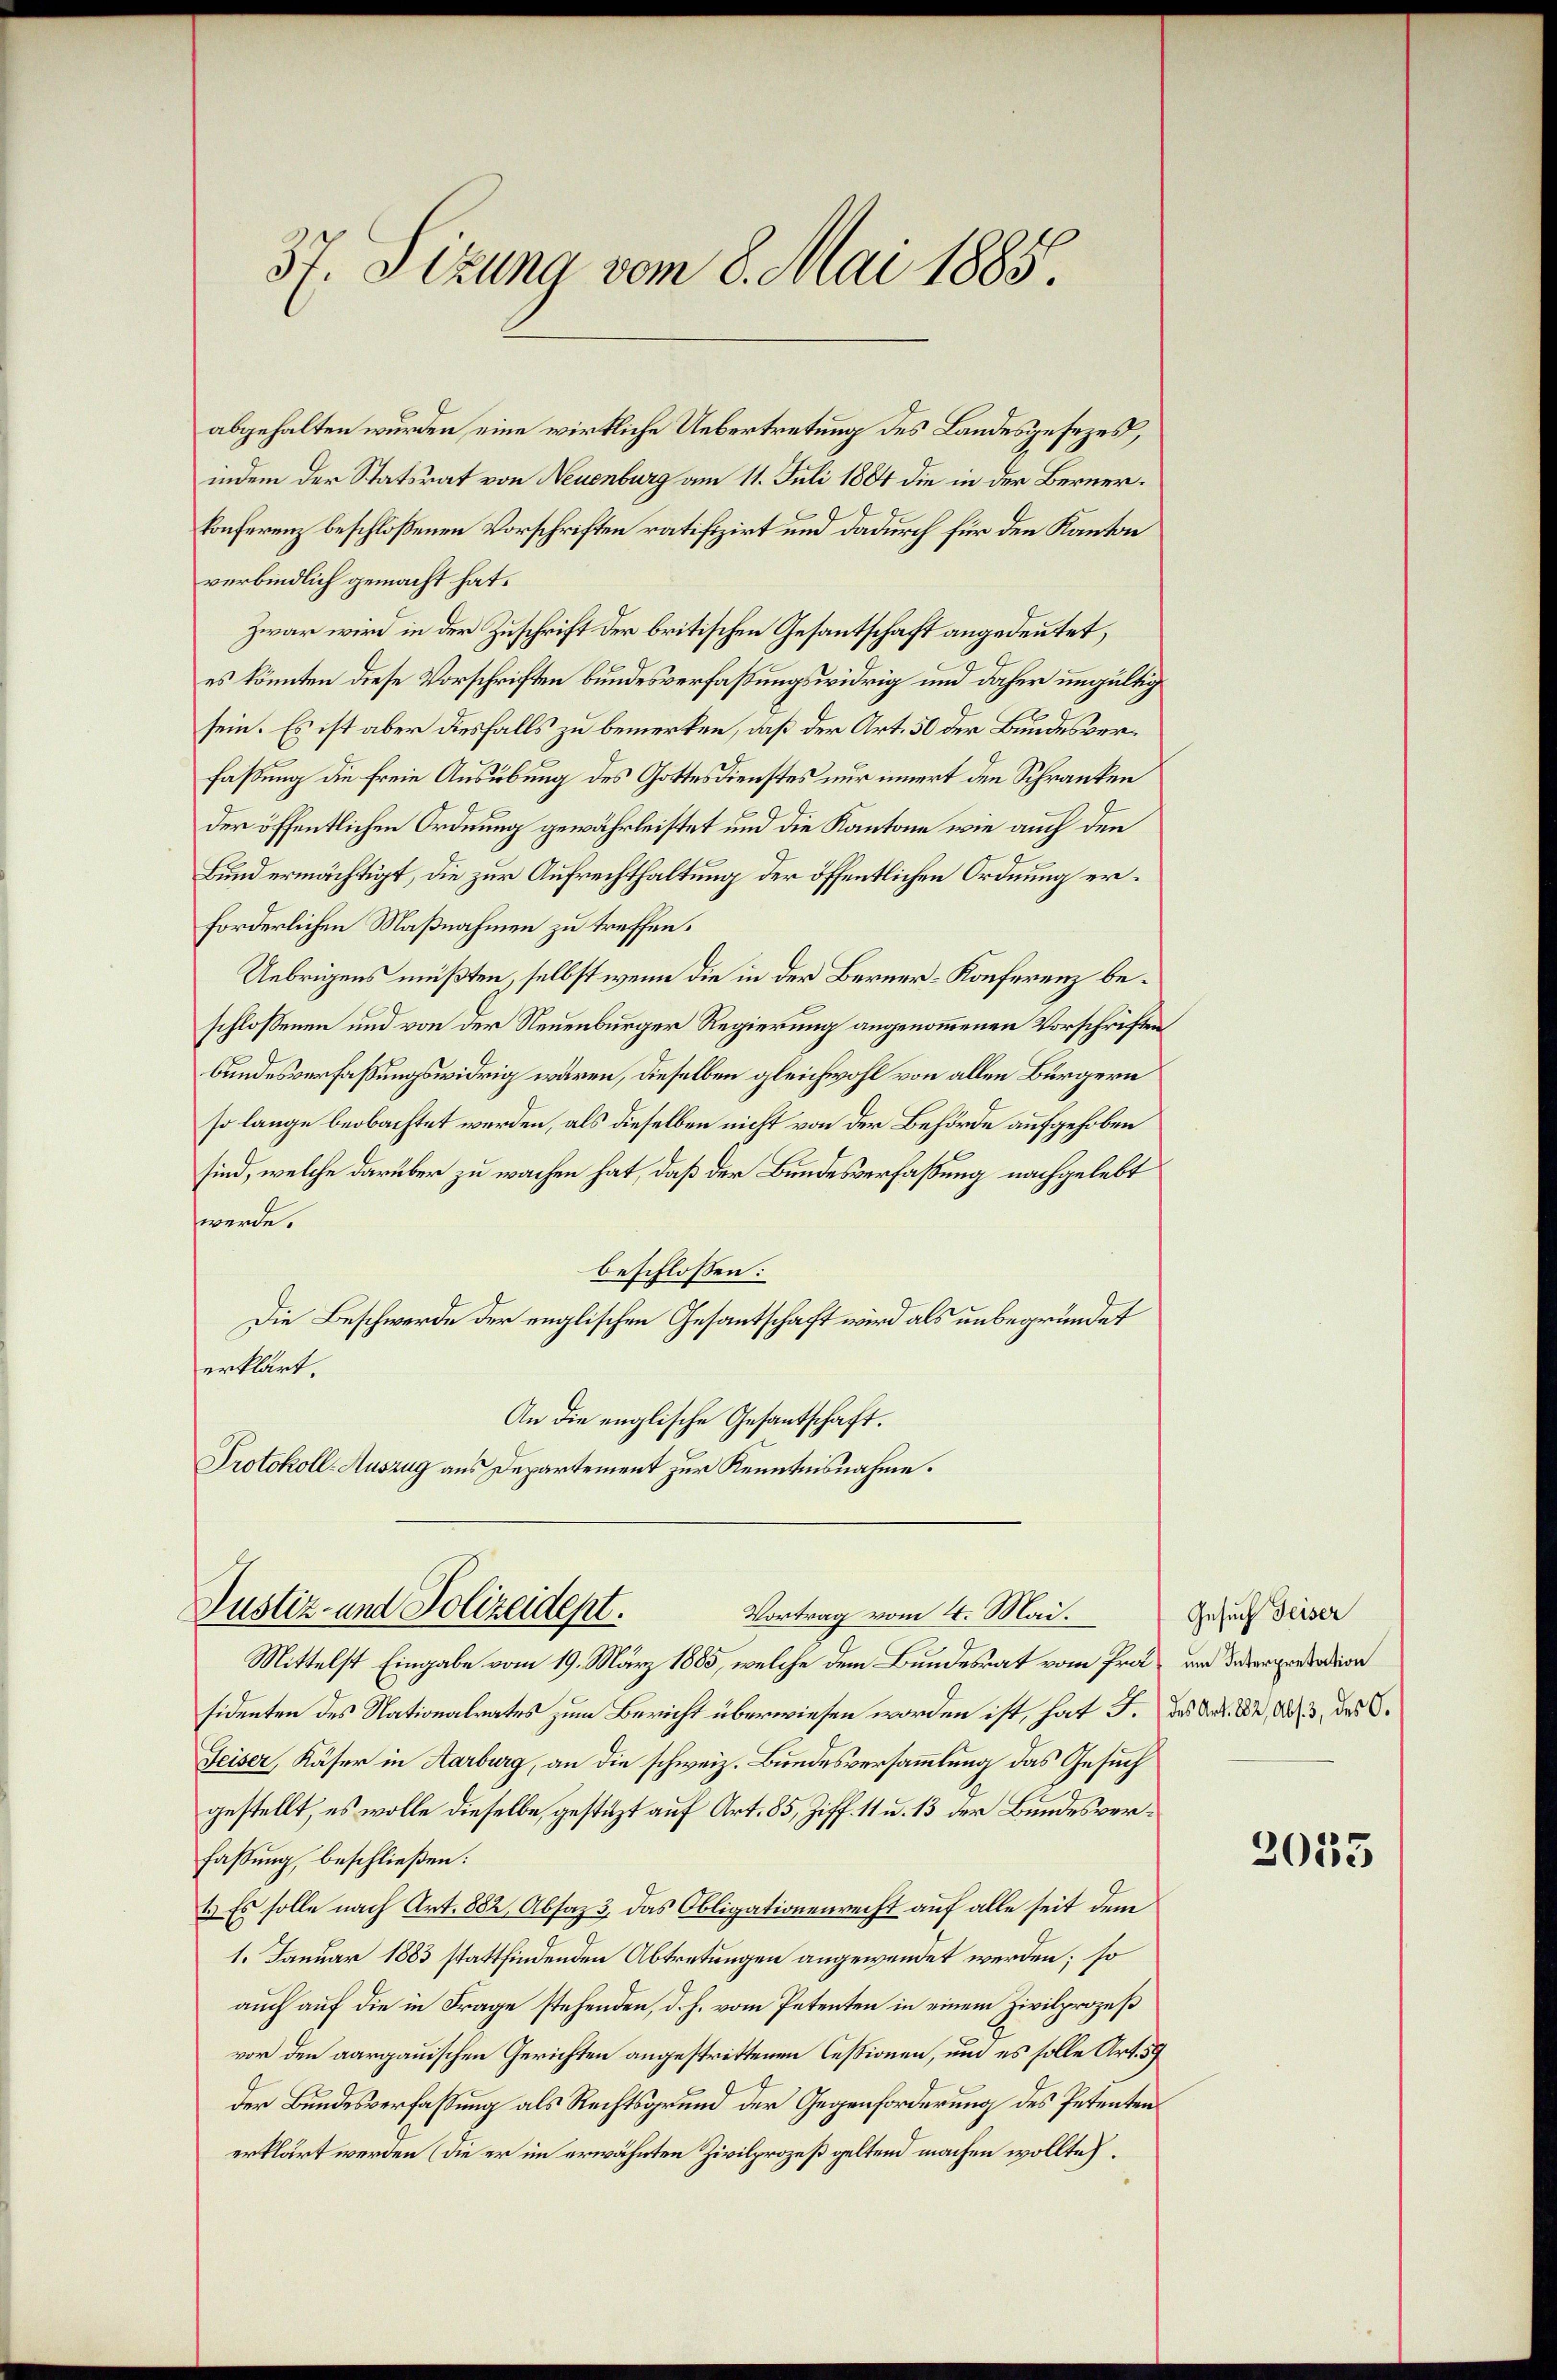
37. Sizung vom 8. Mai 1885.

abgehalten wurden, eine wirkliche Uebertretung des Landesgesezes,
indem der Statsrat von Neuenburg am 11. Juli 1884 die in der Berner¬
Conferenz beschloßenen Vorschriften ratifizirt und dadurch für den Kanton
verbindlich gemacht hat.
Zwar wird in der Zuschrift der britischen Gesantschaft angedeutet,
es könnten diese Vorschriften bundesverfaßungswidrig und daher ungültig
sein. Es ist aber diesfalls zu bemerken, daß der Art. 50 der Bundesverfaßung die freie Ausübung des Gottesdienstes nur innert den Schranken
der öffentlichen Ordnung gewährleistet und die Kantone wie auch den
Bund ermächtigt, die zur Aufrechthaltung der öffentlichen Ordnung erforderlichen Maßnahmen zu treffen.
Uebrigens müßten, selbst wenn die in der Berner-Konferenz beschloßenen und von der Neuenburger Regierung angenommenen Vorschriftenbundesverfassungswidrig wären, dieselben gleichwohl von allen Bürgern
so lange beobachtet werden, als dieselben nicht von der Behörde aufgehoben
sind, welche darüber zu wachen hat, daß der Bundesverfaßung nachgelebt
werde.
beschlossen:
Die Beschwerde der englischen Gesantschaft wird als unbegründet
erklärt.
An die englische Gesantschaft.
Protokoll-Auszug aus Departement zur Kenntnisnahme.

Justiz- und Polizeidept.
Vortrag vom 4. Mai.

Mittelst Eingabe vom 19. März 1885, welche dem Bundesrat vom Prot und deberpretation
sidenten des Nationalrates zum Bericht überwiesen worden ist, hat J. des And. S. 883, das O.
Feiser, Käser in Aarburg, an die schweiz. Bundesversammlung das Gesuch
gestellt, es wolle dieselbe, gestützt auf Art. 85, Ziff. 11 u. 13 der Bundesverfaßung beschließen:
1.) Es solle nach Art. 882, Absaz 3. das Obligationenrecht auf alle seit dem
1. Januar 1883 stattfindenden Abtretungen angewendet werden; so
auch auf die in Frage stehenden, d. h. vom Petenten in einem Zivilprozeß
vor den aargauischen Gerichten angestrittenen Cessionen, und es solle Art. 59
der Bundesverfaßung als Rechtsgrund der Gegenforderung des Petentenerklärt werden (die er im erwähnten Zivilprozeß geltend machen wollte.

Gesuch Geiser

2033